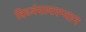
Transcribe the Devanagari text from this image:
विध्वंसादरम्यान